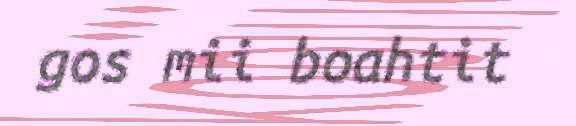
gos mii boahtit